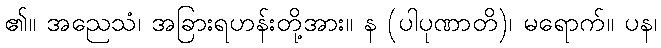
၏။ အညေသံ၊ အခြားရဟန်းတို့အား။ န (ပါပုဏာတိ)၊ မရောက်။ ပန၊